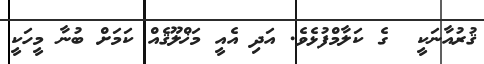
ޤުރުއާނަކީ  ގެ ކަލާމްފުޅެވެ. އަދި އެއީ މަޚްލޫޤެއް ކަމަށް ބުނާ މީހަކީ